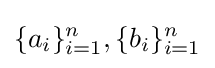
\{a_{i}\}_{i=1}^{n},\{b_{i}\}_{i=1}^{n}